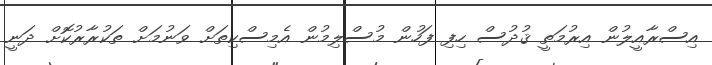
އިސްރާއީލުން އިރުމަތީ ޤުދުސް ހިފި ފަހުން މުސްލިމުން އެމިސްކިތަށް ވަނުމަށް ތަކުރާރުކޮށް ދަނީ